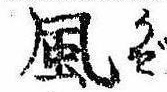
風